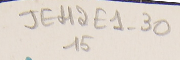
JEH2E1-3015